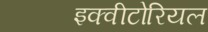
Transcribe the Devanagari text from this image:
इक्वीटोरियल